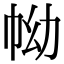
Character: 𢂊